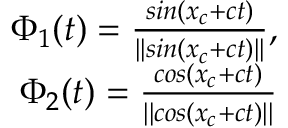
\begin{array} { r } { \Phi _ { 1 } ( t ) = \frac { s i n ( x _ { c } + c t ) } { | | s i n ( x _ { c } + c t ) | | } , } \\ { \Phi _ { 2 } ( t ) = \frac { c o s ( x _ { c } + c t ) } { | | c o s ( x _ { c } + c t ) | | } } \end{array}